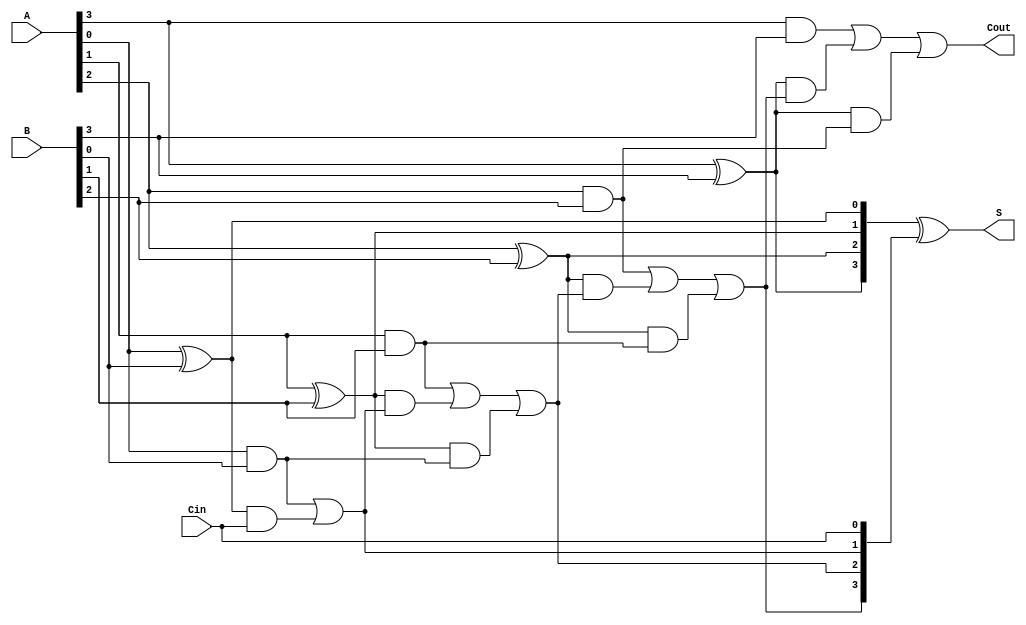
module ConditionalSumAdder #(parameter N = 4) (
    input  [N-1:0] A,      // First n-bit input
    input  [N-1:0] B,      // Second n-bit input
    input          Cin,     // Carry-in
    output [N-1:0] S,      // n-bit sum output
    output         Cout     // Carry-out
);

    // Generate and Propagate signals
    wire [N-1:0] G; // Generate
    wire [N-1:0] P; // Propagate
    wire [N:0] C;   // Carry signals

    // Generate and Propagate Logic
    genvar i;
    generate
        for (i = 0; i < N; i = i + 1) begin : gen_prop
            assign G[i] = A[i] & B[i]; // Generate
            assign P[i] = A[i] ^ B[i]; // Propagate
        end
    endgenerate

    // Carry Calculation
    assign C[0] = Cin; // Initial carry-in
    generate
        for (i = 0; i < N; i = i + 1) begin : carry_calc
            if (i == 0) begin
                assign C[i + 1] = G[i] | (P[i] & C[i]);
            end else begin
                assign C[i + 1] = G[i] | (P[i] & C[i]) | (P[i] & G[i - 1]);
            end
        end
    endgenerate

    // Sum Calculation
    wire [N-1:0] S0; // S with Cin
    wire [N-1:0] S1; // S with C1
    wire [N-1:0] S2; // S with C2

    assign S0 = P ^ {C[N-1:0]}; // S0 = P XOR C
    assign S1 = P ^ C[1];       // S1 = P XOR C1
    assign S2 = P ^ C[2];       // S2 = P XOR C2

    // Final Sum Selection
    assign S = S0; // Default to S0
    assign Cout = C[N]; // Final carry-out

endmodule